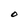
Character: O